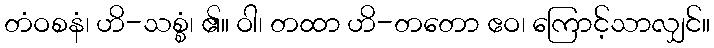
တံဝစနံ၊ ဟိ-သစ္စံ၊ ၏။ ဝါ၊ တထာ ဟိ-တတော ဧဝ၊ ကြောင့်သာလျှင်။